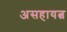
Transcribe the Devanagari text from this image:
असहायत्व